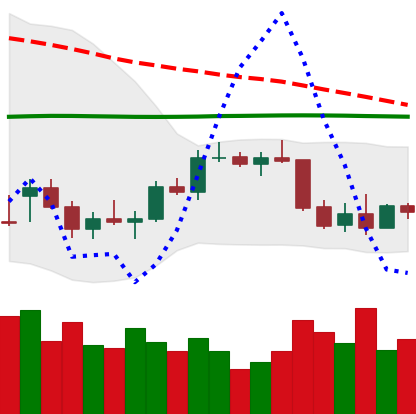
Ticker: BTC-USD
Chart end date: 2022-01-02
Forward return: -12.224%
Label: down_7plus